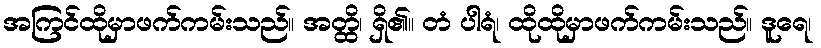
အကြင်ထိုမှာဖက်ကမ်းသည်။ အတ္ထိ၊ ရှိ၏။ တံ ပါရံ၊ ထိုထိုမှာဖက်ကမ်းသည်။ ဒူရေ၊